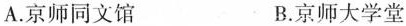
A.京师同文馆 B.京师大学堂